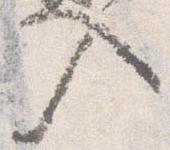
入